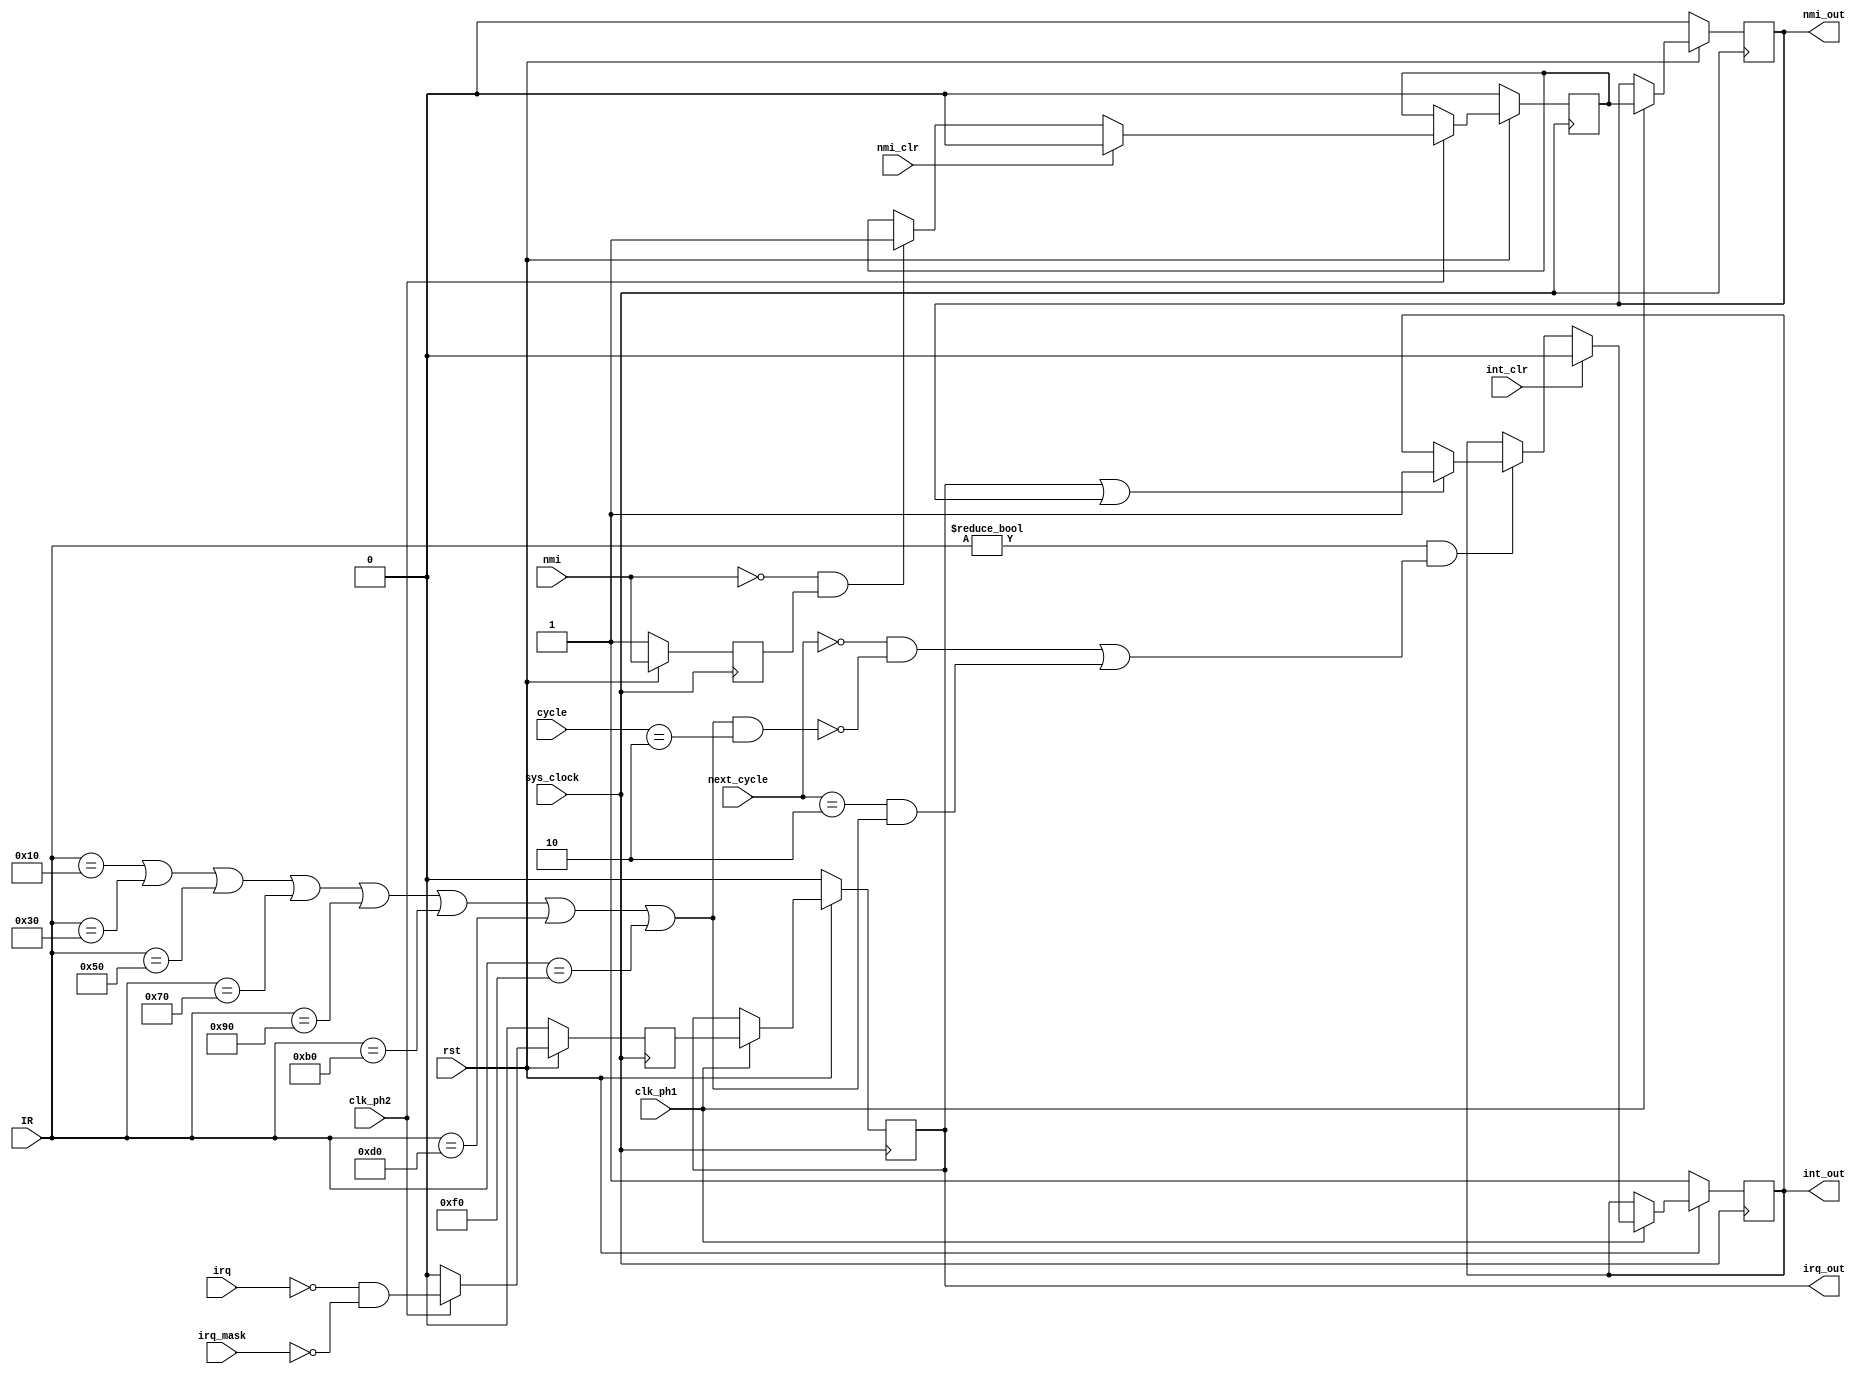
module InterruptController(
	input sys_clock,				// Main system clock
	input clk_ph1, clk_ph2,			// Clock phases 
	input rst, irq, nmi,			// System reset, IRQ (active low), NMI (active low)
	input int_clr, nmi_clr, irq_mask,		// Clear perform-interrupt flag, clear NMI-pending flag, IRQ mask bit
    input [2:0] cycle, next_cycle,     // Current and next instruction cycles
    input [7:0] IR,                      // Current instruction
	output reg irq_out, nmi_out, int_out	// Flags for pending IRQ/NMI and perform-interrupt signal outputs
    );


	// Signal declarations:
	reg irq_det, nmi_det, nmi_pre;	// IRQ detection, NMI detection, NMI previous value (for edge detection)
    //reg irq_int, nmi_int;           // Internal latches for IRQ and NMI detection
    wire branch;                    // Flag to indicate if current opcode is a branch
    
	// Detect external interrupts on Phi2:
	always @(posedge sys_clock) begin
        
		irq_det <= 0;						// IRQ gets reset every cycle
		nmi_pre <= nmi;						// Latch old NMI value for edge detection
		
		if (rst == 0) begin					// Default values
			irq_det <= 0;
			nmi_det <= 0;
			nmi_pre <= 1;
		end
		else if (clk_ph2) begin
			irq_det <= !irq && !irq_mask;								// Level detection - only if not masked	
			nmi_det <= nmi_clr ? 1'd0 : (!nmi && nmi_pre) ? 1'd1 : nmi_det;	// Edge detection - stays high until cleared 
		end
		
	end
	
	// Set internal latches on Phi1:
	always @(posedge sys_clock) begin
    
        if (rst == 0) begin         // Default values
            irq_out <= 0;
            nmi_out <= 0;
        end
        else if (clk_ph1) begin	
            irq_out <= irq_det;     // Change value on Phi1
            nmi_out <= nmi_det;     // Change value on Phi1
        end
	end
    
    // Set flags if current opcode is a branch instruction:
    assign branch = (IR == BPL || IR == BMI || IR == BVC || IR == BVS || IR == BCC || IR == BCS || IR == BNE || IR == BEQ);
    
    // Poll internal latch status on Phi1 of certain cycles:
    //  -> technically should be Phi2, but to get the timing right, we'll do it on the next Phi1
    always @(posedge sys_clock) begin
        
        if (rst == 0) begin
			int_out <= 1;			// do start-up sequence once rst goes high
		end
		else if (clk_ph1) begin
			if (int_clr) begin
				int_out <= 0;
			end
			else if ((IR != BRK) && ((next_cycle == 0 && !(branch && cycle == 2)) || (next_cycle == 2 && branch))) begin
				int_out <= int_clr ? 1'd0 : ((irq_out || nmi_out) ? 1'd1 : int_out);
			end
		end
    end
    
    
	
	// Opcode definitions:
	localparam [7:0] BPL = 8'h10, BMI = 8'h30, BVC = 8'h50, BVS = 8'h70, BCC = 8'h90, BCS = 8'hb0, BNE = 8'hd0, BEQ = 8'hf0, BRK = 8'h00;

endmodule